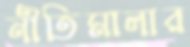
নীতিমালার